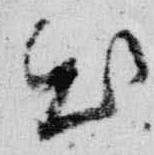
出